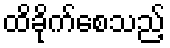
ထိခိုက်စေသည့်